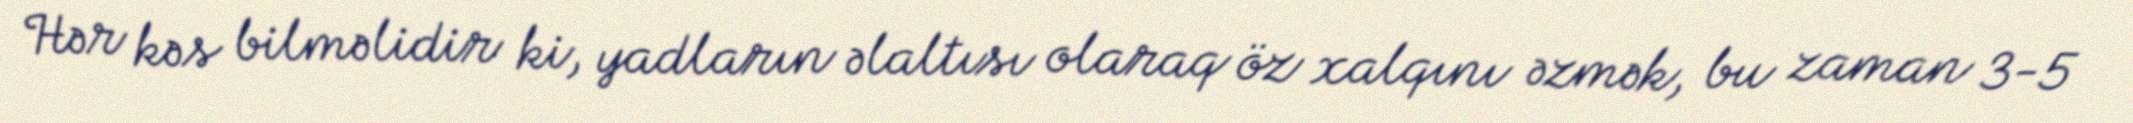
Hər kəs bilməlidir ki, yadların əlaltısı olaraq öz xalqını əzmək, bu zaman 3-5